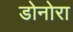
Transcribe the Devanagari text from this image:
डोनोरा